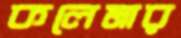
কলেমার